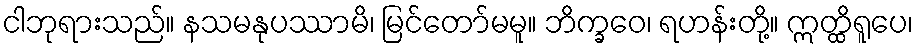
ငါဘုရားသည်။ နသမနုပဿာမိ၊ မြင်တော်မမူ။ ဘိက္ခဝေ၊ ရဟန်းတို့။ ဣတ္ထိရူပေ၊